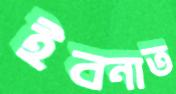
ইবনাত